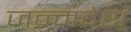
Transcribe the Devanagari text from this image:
जन्मदेश